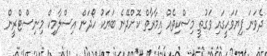
ދެވަނަ ފިޔަވަހީގައި ވަގުތީ މިސްކިތެއް އިމާރާތް ކޮށްދޭނެ ބަޔަކު ހޯދަން އިސްލާމިކް މިނިސްޓްރީން